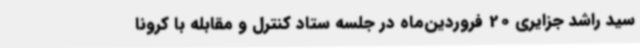
سید راشد جزایری 20 فروردین‌ماه در جلسه ستاد کنترل و مقابله با کرونا